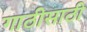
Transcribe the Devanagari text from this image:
गाठीसाठी